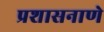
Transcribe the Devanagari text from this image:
प्रशासनाणे